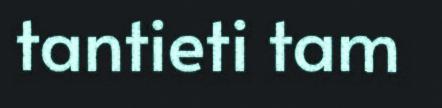
tantieti tam